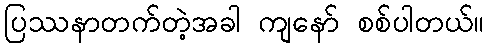
ပြဿနာတက်တဲ့အခါ ကျနော် စစ်ပါတယ်။